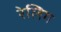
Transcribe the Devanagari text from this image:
रेलिग